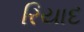
રિયાદ